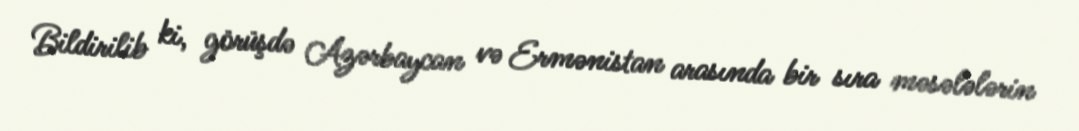
Bildirilib ki, görüşdə Azərbaycan və Ermənistan arasında bir sıra məsələlərin